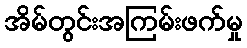
အိမ်တွင်းအကြမ်းဖက်မှု